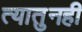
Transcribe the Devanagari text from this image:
त्यातुनही